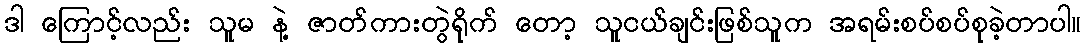
ဒါ ကြောင့်လည်း သူမ နဲ့ ဇာတ်ကားတွဲရိုက် တော့ သူငယ်ချင်းဖြစ်သူက အရမ်းစပ်စပ်စုခဲ့တာပါ။